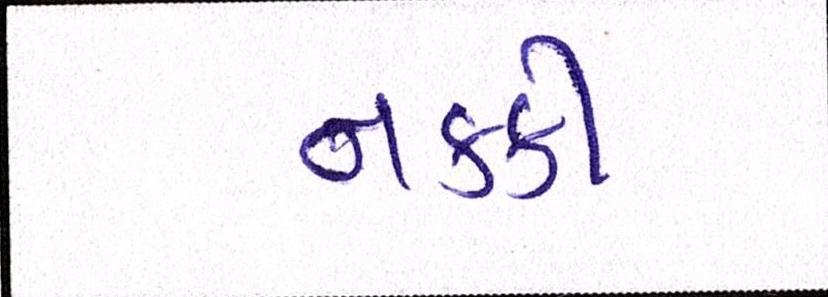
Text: નકકી